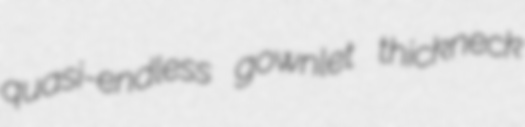
quasi-endless gownlet thickneck